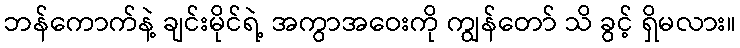
ဘန်ကောက်နဲ့ ချင်းမိုင်ရဲ့ အကွာအဝေးကို ကျွန်တော် သိ ခွင့် ရှိမလား။